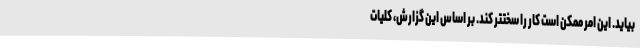
بیاید. این امر ممکن است کار را سختتر کند. بر اساس این گزارش، کلیات